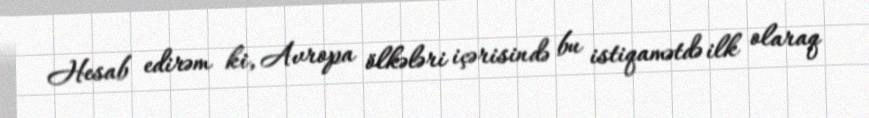
Hesab edirəm ki, Avropa ölkələri içərisində bu istiqamətdə ilk olaraq